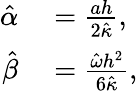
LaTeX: \begin{array}{rl}{\hat{\alpha}}&{{}=\frac{ah}{2\hat{\kappa}},}\\ {\hat{\beta}}&{{}=\frac{\hat{\omega}h^{2}}{6\hat{\kappa}},}\end{array}